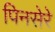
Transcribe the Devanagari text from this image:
पिनसेरे